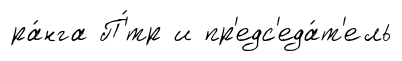
ра́нга П'́тр и пр'едс'еда́т'ель